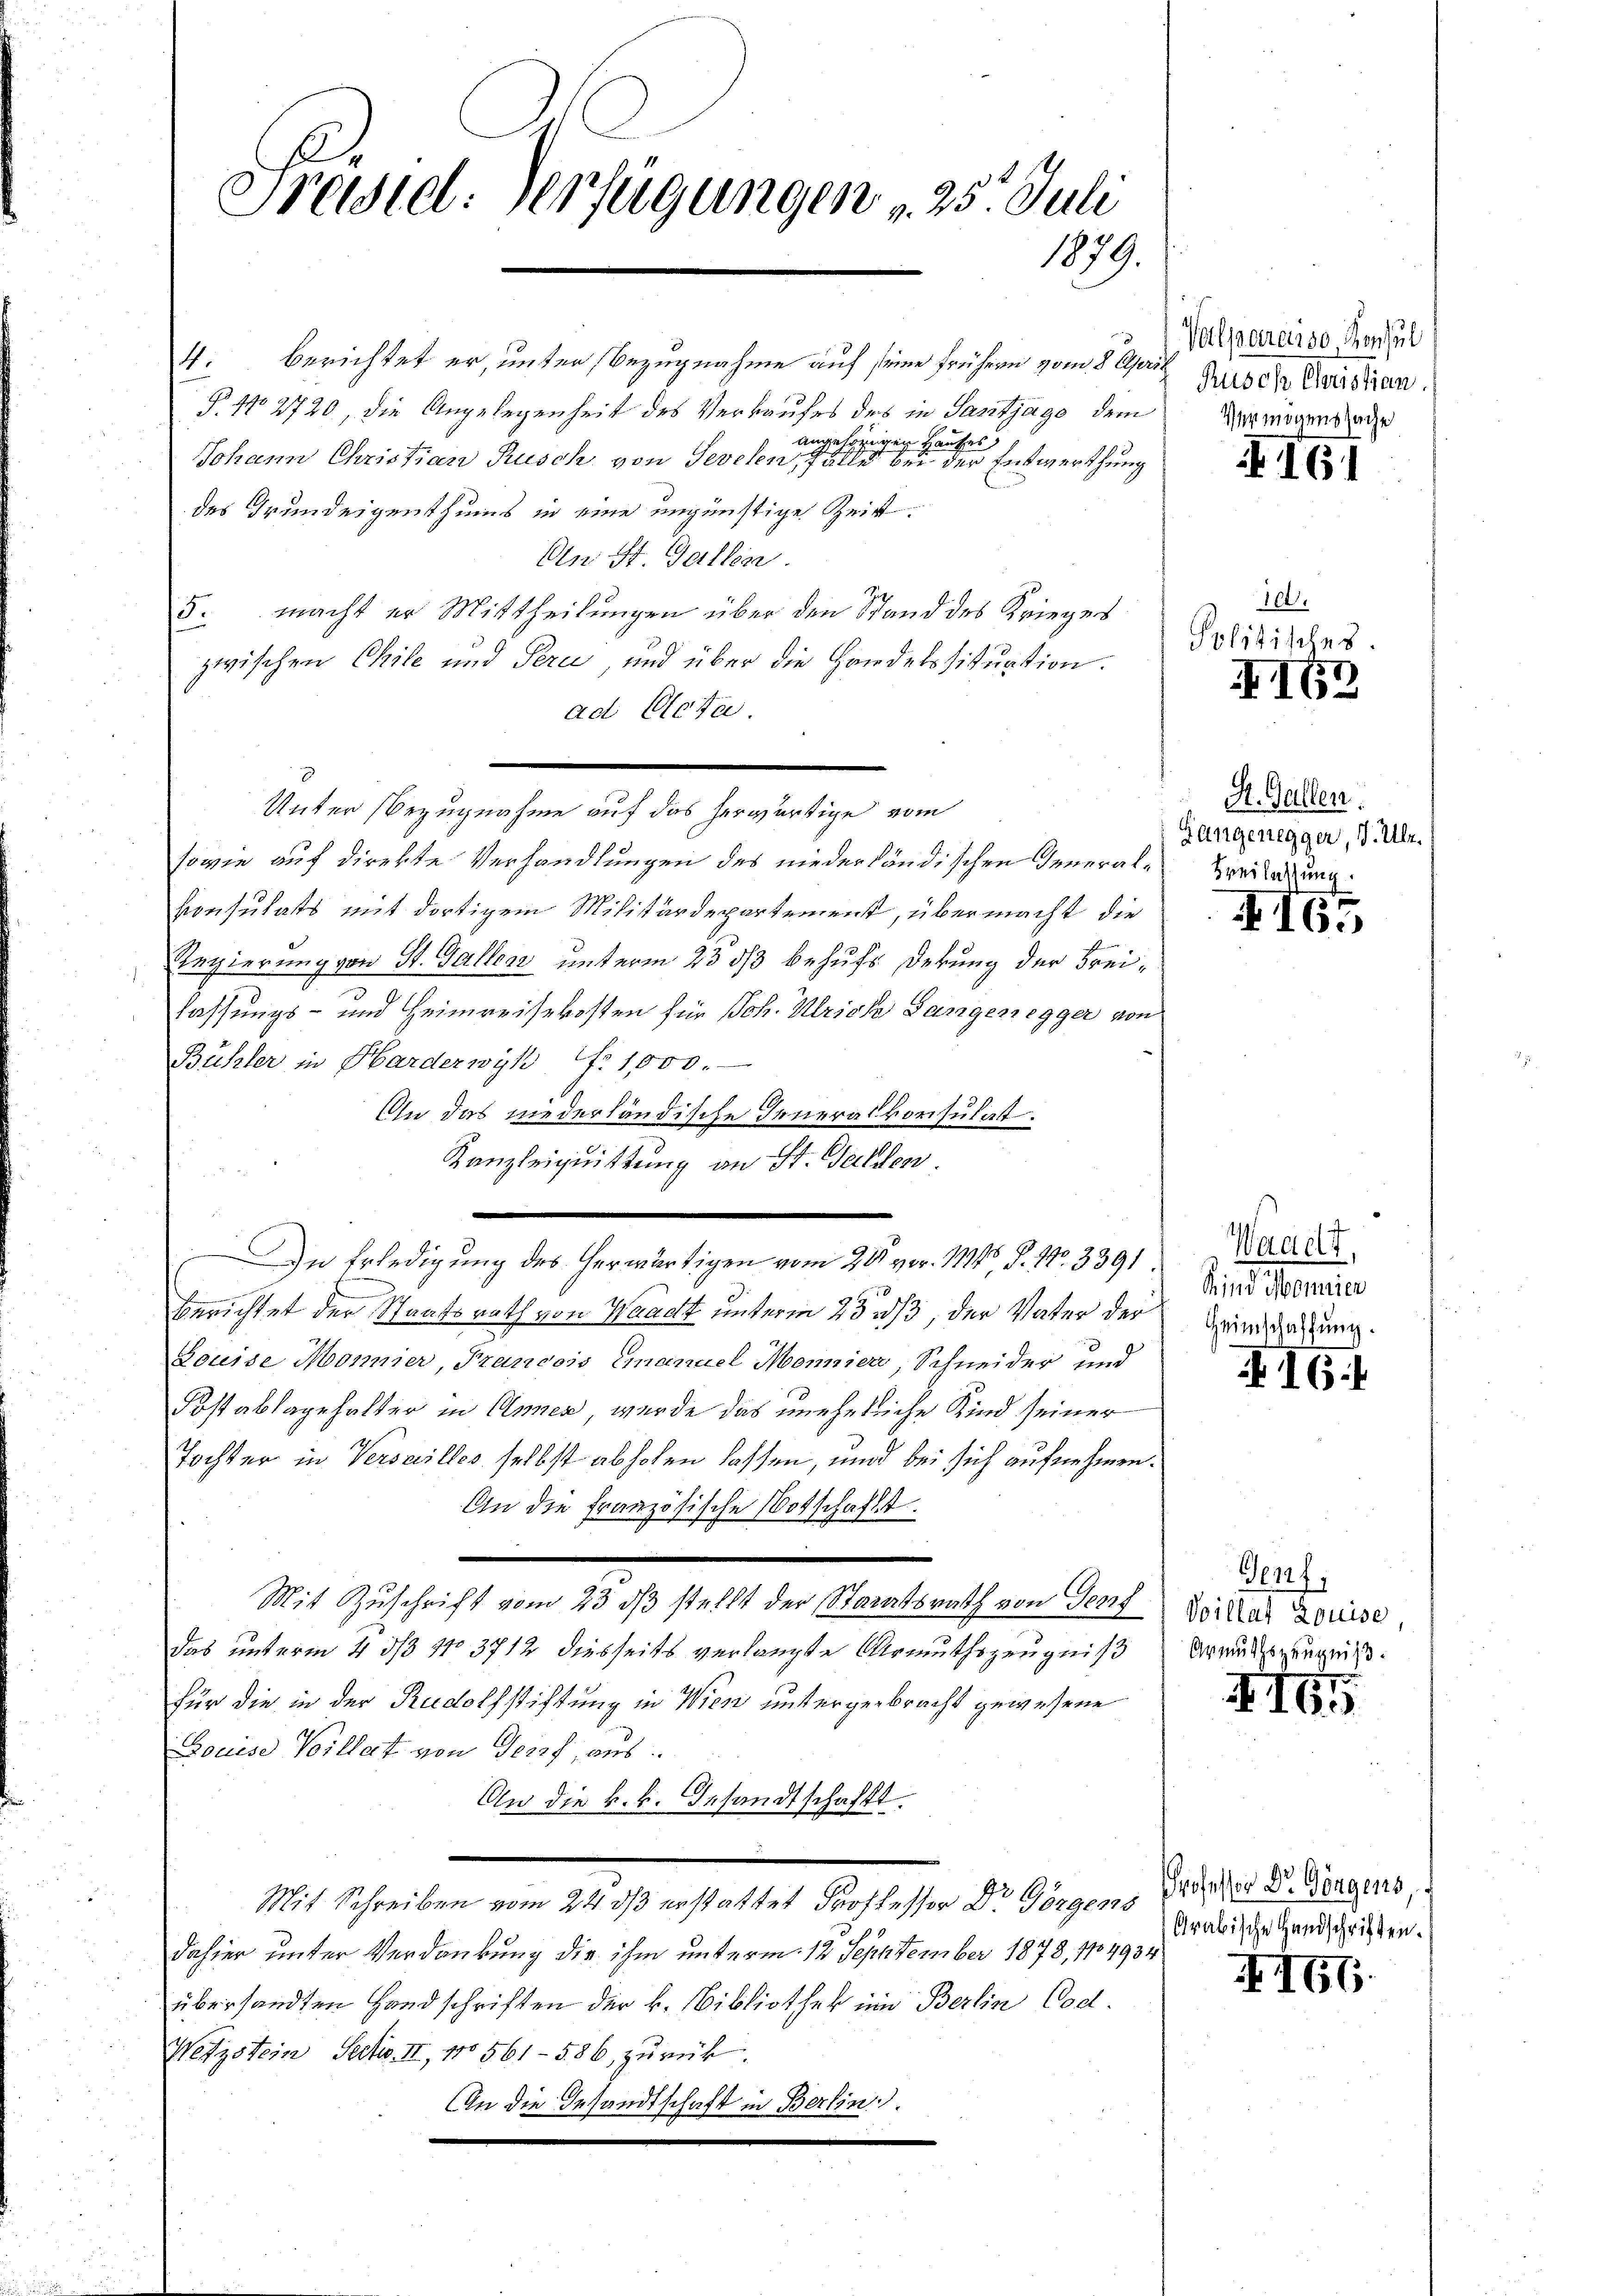
Freidtel: Verfügungen v. 25. Juli
1879.

4. berichtet er, unter Bezugnahme auf seine frühern vom 8 April
§. No 2720, die Angelegenheit des Verkaufes des in Santjago, dem
angehörigen Kaufes,
Johann Christian Rusch von Sevelen, Fälle bei der Entwerthung
des Grundeigenthums in eine ungünstige Zeit.
An St. Gallen.
5. macht er Mittheilungen über den Stand des Krieges
zwischen Chile und Serie, und über die Handelssituation.
ad Acta.
sowie auf direkte Verhandlungen des niederländischen General¬
Consulats mit dortigem Militärdepartement, übermacht die
Regierung von St. Galler unterm 23 ds behufs Dekung der Freilassungs- und Heimreisekosten für Joh. Ulrich Langenegger von
Bühler in Harderwyh f. 1000.
An das niederländische Generalkonsulatt.
Kanzleiquittung an St. Gallen.
Berichtet der Staatsrath von Waadt unterm 23 /3, der Vater der
Louise Monnier, Prancois Emanuel Monnier, Schneider und
Fostablagehalter in Annen, wurde das uneheliche Kind seiner
Tochter in Versailles selbst abholen lassen, und bei sich aufnehmen.
An die französische Botschaftet.
Mit Zuschrift vom 23. ds stellt der Staatsrath von Genf
Das unterm 4 3/3 No 3712 diesseits verlangte Armuthszeugniß
für die in der Rudothstiftung in Wien untergebracht gewesene
Louise Villat von Genf, aus.
An die k.k. Gesandtschafft.
m
Mit Schreiben vom 24 dß erstattet Professor Dr Görgen, Priser D. Gegens
dahier unter Verdankung die ihm unterm 12 Sepptember 1878, 114934
übersandten Handschriften der k. Bibliothek im Berlin Cod
Wetzstein Sectio. II, No 561-586, zurück.
An die Gesandtschaft in Berlin.

Unter Bezugnahme auf das herwärtige vom

In Erledigung des herwärtigen vom 225. vor. 11446 S. No. 3391.

Valmarasso Konsul
Rusch Christian
Vermögenshage

16

100.
Politisches.
XI62

St. Gallen.
Gangenegger, d. Ulr.
Breilassung.

4165

Waadt,
Sind Mannier
Heimschaffung.

16.

Genf,
Voillat Louise
Armuthszeugniß.

416.

Arabische Handschriften.

I66.